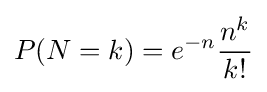
P(N=k)=e^{-n}{\frac {n^{k}}{k!}}